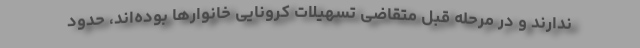
ندارند و در مرحله قبل متقاضی تسهیلات کرونایی خانوارها بوده‌اند، حدود